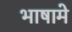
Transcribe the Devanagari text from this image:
भाषामे